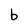
Character: b